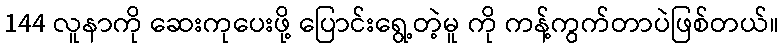
144 လူနာကို ဆေးကုပေးဖို့ ပြောင်းရွေ့တဲ့မူ ကို ကန့်ကွက်တာပဲဖြစ်တယ်။